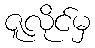
ဇူလိုင်မှ